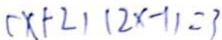
( x + 2 ) ( 2 x - 1 ) = 3